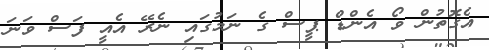
އެގޮތުން ވޯ އެންޑް ޕީސް ގެ ނަމުގައި ނެރޭ އެއީ ފަސް ވަނަ